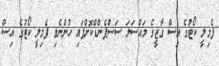
ފެމިލީ ކޯޓުގެ އިސް ގާޒީގެ މައްސަަލަ ސަސްޕެންޑްކޮށްފައި ހުންނެވި ފެމިލީ ކޯޓުގެ އިސް